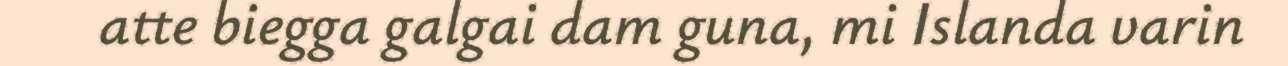
atte biegga galgai dam guna, mi Islanda varin